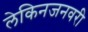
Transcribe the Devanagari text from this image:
लेकिनजनवरी